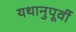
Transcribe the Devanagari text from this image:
यथानुपूर्वी